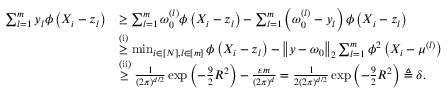
\begin{array} { r l } { \sum _ { l = 1 } ^ { m } y _ { l } \phi \left( X _ { i } - z _ { l } \right) } & { \geq \sum _ { l = 1 } ^ { m } \omega _ { 0 } ^ { ( l ) } \phi \left( X _ { i } - z _ { l } \right) - \sum _ { l = 1 } ^ { m } \left( \omega _ { 0 } ^ { ( l ) } - y _ { l } \right) \phi \left( X _ { i } - z _ { l } \right) } \\ & { \overset { \mathrm { ( i ) } } { \geq } \operatorname* { m i n } _ { i \in \left[ N \right] , l \in \left[ m \right] } \phi \left( X _ { i } - z _ { l } \right) - \left\Vert y - \omega _ { 0 } \right\Vert _ { 2 } \sum _ { l = 1 } ^ { m } \phi ^ { 2 } \left( X _ { i } - \mu ^ { ( l ) } \right) } \\ & { \overset { \mathrm { ( i i ) } } { \geq } \frac { 1 } { \left( 2 \pi \right) ^ { d / 2 } } \exp \left( - \frac { 9 } { 2 } R ^ { 2 } \right) - \frac { \varepsilon m } { \left( 2 \pi \right) ^ { d } } = \frac { 1 } { 2 \left( 2 \pi \right) ^ { d / 2 } } \exp \left( - \frac { 9 } { 2 } R ^ { 2 } \right) \triangleq \delta . } \end{array}